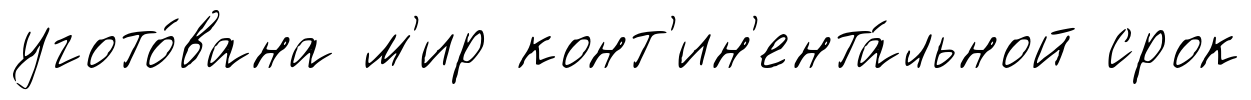
угото́вана м'ир конт'ин'ента́льной срок